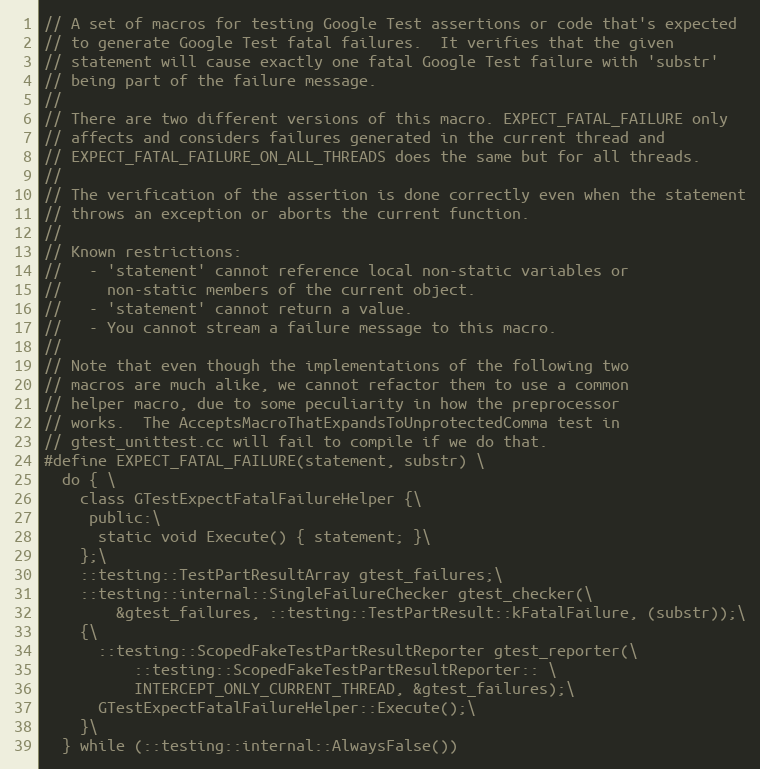
Language: C
// A set of macros for testing Google Test assertions or code that's expected
// to generate Google Test fatal failures.  It verifies that the given
// statement will cause exactly one fatal Google Test failure with 'substr'
// being part of the failure message.
//
// There are two different versions of this macro. EXPECT_FATAL_FAILURE only
// affects and considers failures generated in the current thread and
// EXPECT_FATAL_FAILURE_ON_ALL_THREADS does the same but for all threads.
//
// The verification of the assertion is done correctly even when the statement
// throws an exception or aborts the current function.
//
// Known restrictions:
//   - 'statement' cannot reference local non-static variables or
//     non-static members of the current object.
//   - 'statement' cannot return a value.
//   - You cannot stream a failure message to this macro.
//
// Note that even though the implementations of the following two
// macros are much alike, we cannot refactor them to use a common
// helper macro, due to some peculiarity in how the preprocessor
// works.  The AcceptsMacroThatExpandsToUnprotectedComma test in
// gtest_unittest.cc will fail to compile if we do that.
#define EXPECT_FATAL_FAILURE(statement, substr) \
  do { \
    class GTestExpectFatalFailureHelper {\
     public:\
      static void Execute() { statement; }\
    };\
    ::testing::TestPartResultArray gtest_failures;\
    ::testing::internal::SingleFailureChecker gtest_checker(\
        &gtest_failures, ::testing::TestPartResult::kFatalFailure, (substr));\
    {\
      ::testing::ScopedFakeTestPartResultReporter gtest_reporter(\
          ::testing::ScopedFakeTestPartResultReporter:: \
          INTERCEPT_ONLY_CURRENT_THREAD, &gtest_failures);\
      GTestExpectFatalFailureHelper::Execute();\
    }\
  } while (::testing::internal::AlwaysFalse())